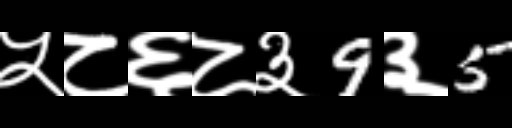
Text: ५८६८३9३5